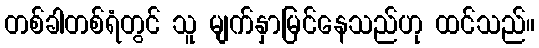
တစ်ခါတစ်ရံတွင် သူ မျက်နှာမြင်နေသည်ဟု ထင်သည်။